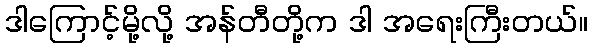
ဒါကြောင့်မို့လို့ အန်တီတို့က ဒါ အရေးကြီးတယ်။